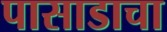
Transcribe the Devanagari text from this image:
पासाडाचा